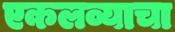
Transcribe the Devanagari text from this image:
एकलव्याचा